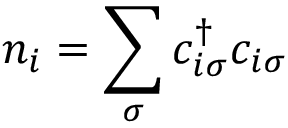
n _ { i } = \sum _ { \sigma } c _ { i \sigma } ^ { \dagger } c _ { i \sigma }